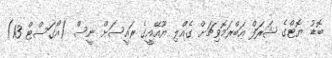
ބޮޑު ޔޮޓްގެ ޝަރަފް އަބްރަމޮވިޗަށް ގެއްލި ޔޫއޭއީގެ ރައީސަށް ނީސް (އޯގަސްޓް 13)